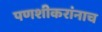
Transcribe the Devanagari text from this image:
पणशीकरांनाच